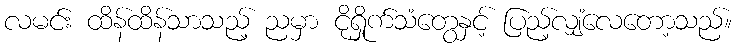
လမင်း ထိန်ထိန်သာသည့် ညမှာ ငိုရှိုက်သံတွေနှင့် ပြည့်လျှံလေတော့သည်။